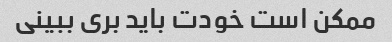
ممکن است خودت باید بری ببینی